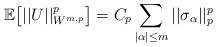
LaTeX: \begin{align*} \mathbb{E}\big[||U||_{W^{m,p}}^p\big] = C_p\sum_{|\alpha|\leq m} ||\sigma_{\alpha}||_p^p\end{align*}